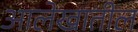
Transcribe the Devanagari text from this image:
आलेखातील